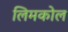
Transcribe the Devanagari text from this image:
लिमकोल